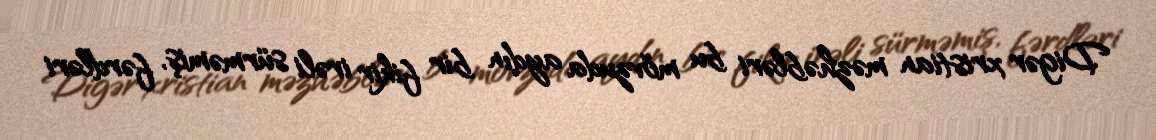
Digər xristian məzhəbləri bu mövzuda aydın bir fikir irəli sürməmiş, fərdləri